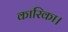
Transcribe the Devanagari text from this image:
कारिका।